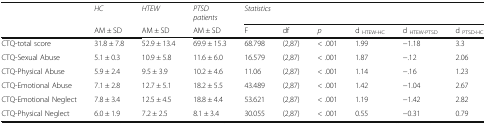
<table><thead><tr><td></td><td><b><i>HC</i></b></td><td><b><i>HTEW</i></b></td><td><b><i>PTSD</i><i>patients</i></b></td><td colspan="6"><b><i>Statistics</i></b></td></tr><tr><td></td><td><b>AM ± SD</b></td><td><b>AM ± SD</b></td><td><b>AM ± SD</b></td><td><b>F</b></td><td><b>df</b></td><td><b><i>p</i></b></td><td><b>d <sub>HTEW-HC</sub></b></td><td><b>d <sub>HTEW-PTSD</sub></b></td><td><b>d <sub>PTSD-HC</sub></b></td></tr></thead><tbody><tr><td>CTQ-total score</td><td>31.8 ± 7.8</td><td>52.9 ± 13.4</td><td>69.9 ± 15.3</td><td>68.798</td><td>(2,87)</td><td>&lt; .001</td><td>1.99</td><td>−1.18</td><td>3.3</td></tr><tr><td>CTQ-Sexual Abuse</td><td>5.1 ± 0.3</td><td>10.9 ± 5.8</td><td>11.6 ± 6.0</td><td>16.579</td><td>(2,87)</td><td>&lt; .001</td><td>1.87</td><td>−.12</td><td>2.06</td></tr><tr><td>CTQ-Physical Abuse</td><td>5.9 ± 2.4</td><td>9.5 ± 3.9</td><td>10.2 ± 4.6</td><td>11.06</td><td>(2,87)</td><td>&lt; .001</td><td>1.14</td><td>−.16</td><td>1.23</td></tr><tr><td>CTQ-Emotional Abuse</td><td>7.1 ± 2.8</td><td>12.7 ± 5.1</td><td>18.2 ± 5.5</td><td>43.489</td><td>(2,87)</td><td>&lt; .001</td><td>1.42</td><td>−1.04</td><td>2.67</td></tr><tr><td>CTQ-Emotional Neglect</td><td>7.8 ± 3.4</td><td>12.5 ± 4.5</td><td>18.8 ± 4.4</td><td>53.621</td><td>(2,87)</td><td>&lt; .001</td><td>1.19</td><td>−1.42</td><td>2.82</td></tr><tr><td>CTQ-Physical Neglect</td><td>6.0 ± 1.9</td><td>7.2 ± 2.5</td><td>8.1 ± 3.4</td><td>30.055</td><td>(2,87)</td><td>&lt; .001</td><td>0.55</td><td>−0.31</td><td>0.79</td></tr></tbody></table>